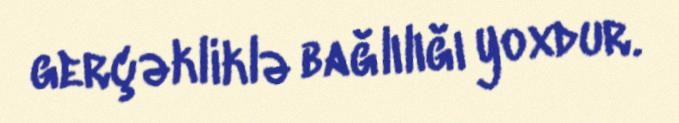
gerçəkliklə bağlılığı yoxdur.